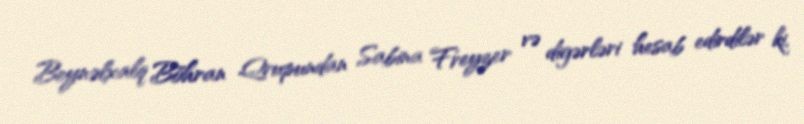
Beynəlxalq Böhran Qrupundan Sabina Freyzer və digərləri hesab edirdilər ki,